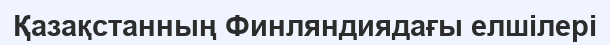
Қазақстанның Финляндиядағы елшілері